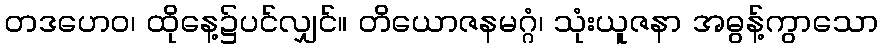
တဒဟေဝ၊ ထိုနေ့၌ပင်လျှင်။ တိယောဇနမဂ္ဂံ၊ သုံးယူဇနာ အဓွန့်ကွာသော